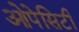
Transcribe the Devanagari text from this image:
ओपेसिटी